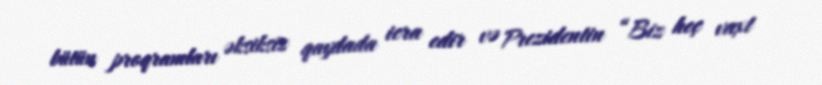
bütün proqramları əksiksiz qaydada icra edir və Prezidentin “Biz heç vaxt